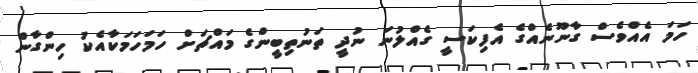
ހަމަ އެއްވެސް ގާނޫނެއްގެ އެފިކަސީ ގެއްލުނަ ނުދީ ތަނުތިބީންގެ މައްޗަށް ހަމަހަމަކާއެކު ހިންގާން